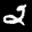
Label: 2